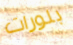
بلورات